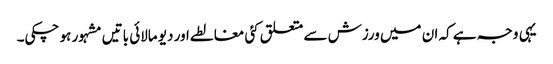
یہی وجہ ہے کہ ان میں ورزش سے متعلق کئی مغالطے اور دیو مالائی باتیں مشہور ہو چکی۔